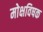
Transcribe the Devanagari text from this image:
मोक्षविषक